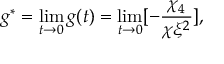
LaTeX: g ^ { * } = \operatorname * { l i m } _ { t \rightarrow 0 } g ( t ) = \operatorname * { l i m } _ { t \rightarrow 0 } [ - { \frac { \chi _ { 4 } } { \chi \xi ^ { 2 } } } ] ,